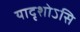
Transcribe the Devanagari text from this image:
यादृशोऽसि